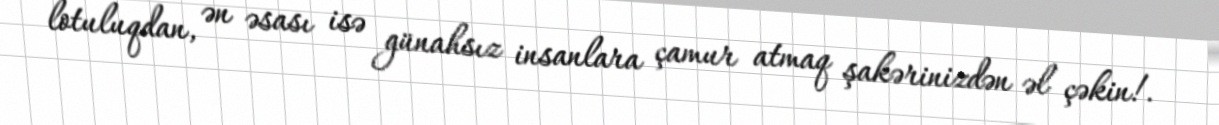
lotuluqdan, ən əsası isə günahsız insanlara çamur atmaq şakərinizdən əl çəkin!.